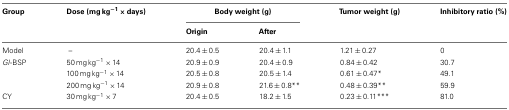
| Group | Dose (mg kg−1 × days) | <COLSPAN=2> Body weight (g) | Tumor weight (g) | Inhibitory ratio (%) |
 |  |  | Origin | After |  |
 | --- | --- | --- | --- | --- | --- |
 | Model | – | 20.4 ± 0.5 | 20.4 ± 1.1 | 1.21 ± 0.27 | 0 |
 | Gl-BSP | 50 mg kg−1 × 14 | 20.9 ± 0.9 | 20.4 ± 0.9 | 0.84 ± 0.42 | 30.7 |
 |  | 100 mg kg−1 × 14 | 20.5 ± 0.8 | 20.5 ± 1.4 | 0.61 ± 0.47* | 49.1 |
 |  | 200 mg kg−1 × 14 | 20.9 ± 0.8 | 21.6 ± 0.8** | 0.48 ± 0.39** | 59.9 |
 | CY | 30 mg kg−1 × 7 | 20.4 ± 0.5 | 18.2 ± 1.5 | 0.23 ± 0.11*** | 81.0 |